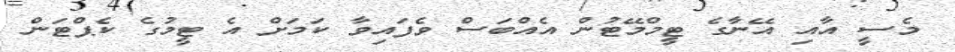
މެސީ އާއި އޭނާގެ ޓީމްމޭޓުން އެއްބަސް ވެފައިވާ ކަމަށް އެ ޓީމުގެ ކެޕްޓަން